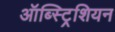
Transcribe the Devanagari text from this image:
ऑब्स्ट्रिशियन